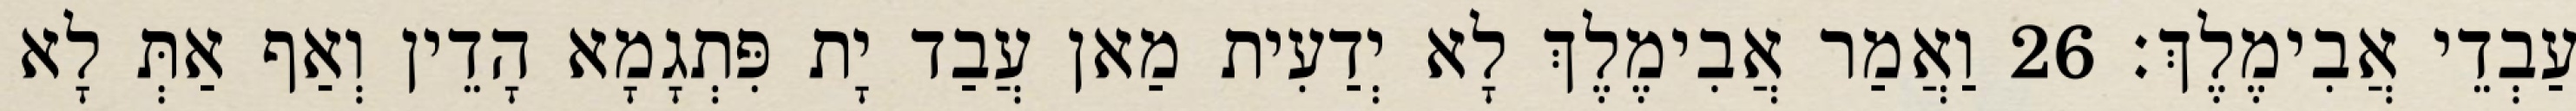
עַבְדֵי אֲבִימֶלֶךְ׃ 26 וַאֲמַר אֲבִימֶלֶךְ לָא יְדַעִית מַאן עֲבַד יָת פִּתְגָמָא הָדֵין וְאַף אַתְּ לָא